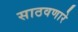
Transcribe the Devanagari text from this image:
साठवणारे